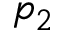
p _ { 2 }